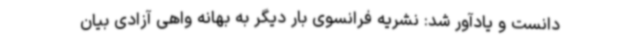
دانست و یادآور شد: نشریه فرانسوی بار دیگر به بهانه واهی آزادی بیان